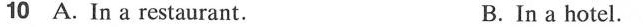
10 A.In a restaurant. B.In a hotel.